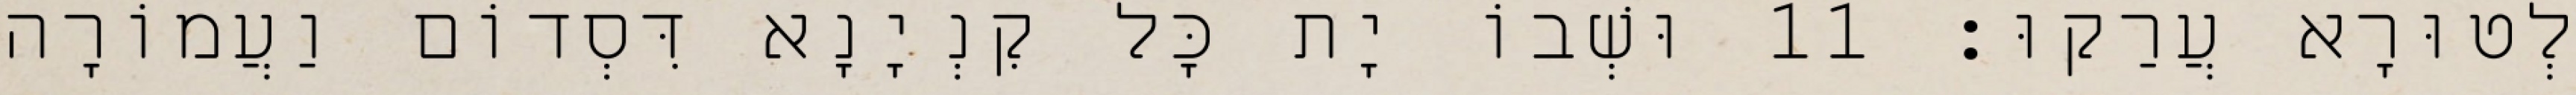
לְטוּרָא עֲרַקוּ׃ 11 וּשְׁבוֹ יָת כָּל קִנְיָנָא דִּסְדוֹם וַעֲמוֹרָה